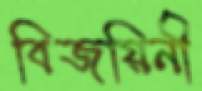
বিজয়িনী